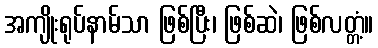
အကျိုးရုပ်နာမ်သာ ဖြစ်ပြီး၊ ဖြစ်ဆဲ၊ ဖြစ်လတ္တံ့။